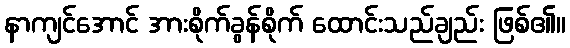
နာကျင်အောင် အားစိုက်ခွန်စိုက် ထောင်းသည်ချည်း ဖြစ်၏။